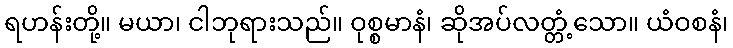
ရဟန်းတို့။ မယာ၊ ငါဘုရားသည်။ ဝုစ္စမာနံ၊ ဆိုအပ်လတ္တံ့သော။ ယံဝစနံ၊